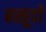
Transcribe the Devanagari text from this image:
बखूदों